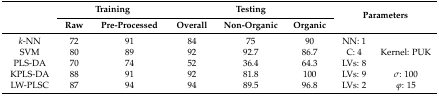
<table><thead><tr><td rowspan="2"></td><td colspan="2"><b>Training</b></td><td colspan="3"><b>Testing</b></td><td rowspan="2" colspan="2"><b>Parameters</b></td></tr><tr><td><b>Raw</b></td><td><b>Pre-Processed</b></td><td><b>Overall</b></td><td><b>Non-Organic</b></td><td><b>Organic</b></td></tr></thead><tbody><tr><td><i>k</i>-NN</td><td>72</td><td>91</td><td>84</td><td>75</td><td>90</td><td>NN: 1</td><td></td></tr><tr><td>SVM</td><td>80</td><td>89</td><td>92</td><td>92.7</td><td>86.7</td><td>C: 4</td><td>Kernel: PUK</td></tr><tr><td>PLS-DA</td><td>70</td><td>74</td><td>52</td><td>36.4</td><td>64.3</td><td>LVs: 8</td><td></td></tr><tr><td>KPLS-DA</td><td>88</td><td>91</td><td>92</td><td>81.8</td><td>100</td><td>LVs: 9</td><td><i>σ</i>: 100</td></tr><tr><td>LW-PLSC</td><td>87</td><td>94</td><td>94</td><td>89.5</td><td>96.8</td><td>LVs: 2</td><td><i>φ</i>: 15</td></tr></tbody></table>